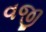
વજી